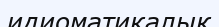
идиоматикалық